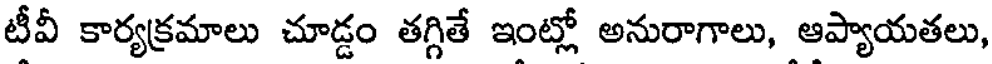
టీవీ కార్యక్రమాలు చూడ్డం తగ్గితే ఇంట్లో అనురాగాలు, ఆప్యాయతలు,